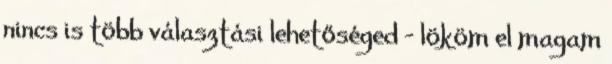
nincs is több választási lehetőséged – lököm el magam